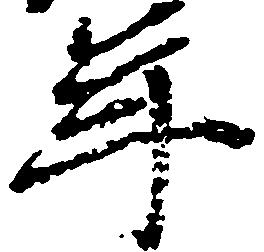
年